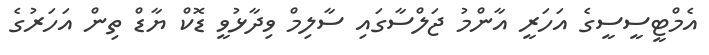
އެމްޓީސީސީގެ އަހަރީ އާންމު ޖަލްސާގައި ސާލިމް ވިދާޅުވީ ޑޮކް ޔާޑް ތިން އަހަރުގެ